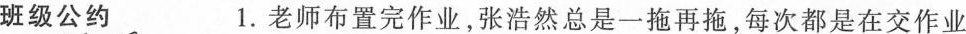
班级公约 1.老师布置完作业，张浩然总是一拖再拖，每次都是在交作业